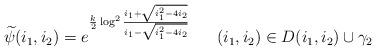
LaTeX: \begin{align*}\widetilde{\psi}(i_1,i_2)= e^{\frac{k}{2}\log^2 \frac{i_1+\sqrt{i_1^2-4i_2}}{i_1-\sqrt{i_1^2-4i_2}}}& \ \ \ \ \ (i_1,i_2)\in {D(i_1,i_2)}\cup\gamma_2\,\end{align*}